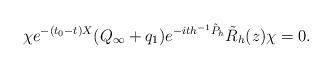
LaTeX: \begin{align*}\chi e^{-(t_0-t)X}(Q_\infty+q_1)e^{-ith^{-1}\tilde{P}_h}\tilde{R}_h(z)\chi=0.\end{align*}